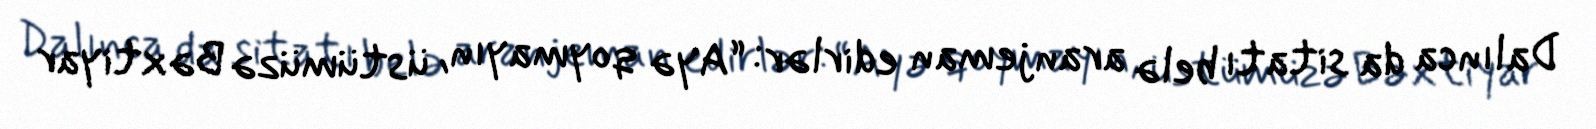
Dalınca da sitatı belə aranjeman edirlər: “Ayə qoymayın, üstümüzə Bəxtiyar